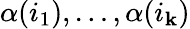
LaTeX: \alpha(i_{1}),\dots,\alpha(i_{\mathbf{k}})